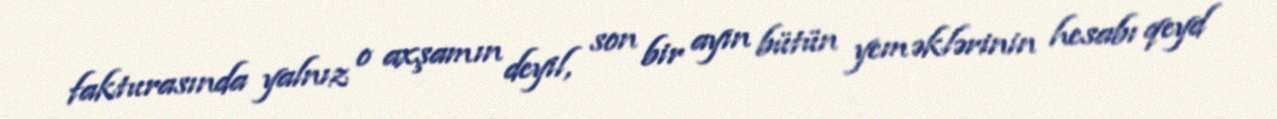
fakturasında yalnız o axşamın deyil, son bir ayın bütün yeməklərinin hesabı qeyd